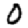
Digit: 0